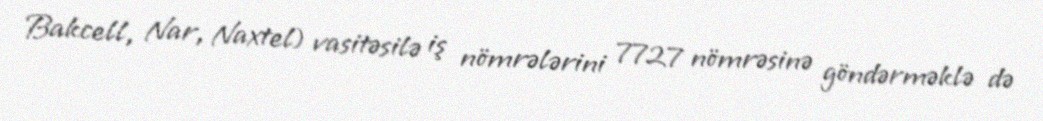
Bakcell, Nar, Naxtel) vasitəsilə iş nömrələrini 7727 nömrəsinə göndərməklə də